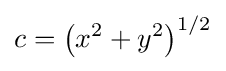
c=\left(x^{2}+y^{2}\right)^{1/2}